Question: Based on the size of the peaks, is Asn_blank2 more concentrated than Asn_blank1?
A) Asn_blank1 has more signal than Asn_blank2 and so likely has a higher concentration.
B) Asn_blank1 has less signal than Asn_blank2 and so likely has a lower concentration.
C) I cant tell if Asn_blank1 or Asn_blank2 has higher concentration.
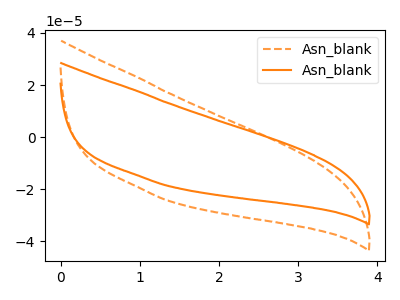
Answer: <think>The orange dashed curve "Asn_blank1" has no peaks. The orange curve "Asn_blank2" has no peaks.
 Neither "Asn_blank1" or "Asn_blank2" have any peaks.</think>
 <answer>C) I cant tell if "Asn_blank1" or "Asn_blank2" has higher concentration.</answer>
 <eval>C</eval>